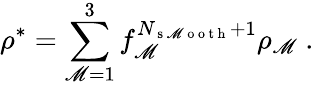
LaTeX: \rho^{*}=\sum_{\mathscr{M}=1}^{3}f_{\mathscr{M}}^{N_{\mathrm{{~s~\mathscr{M}~o~o~t~h~}}}+1}\rho_{\mathscr{M}}\mathrm{{~.~}}